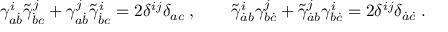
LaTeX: \gamma _ { a \dot { b } } ^ { i } \tilde { \gamma } _ { \dot { b } c } ^ { j } + \gamma _ { a \dot { b } } ^ { j } \tilde { \gamma } _ { \dot { b } c } ^ { i } = 2 \delta ^ { i j } \delta _ { a c } \; , \qquad \tilde { \gamma } _ { \dot { a } b } ^ { i } \gamma _ { b \dot { c } } ^ { j } + \tilde { \gamma } _ { \dot { a } b } ^ { j } \gamma _ { b \dot { c } } ^ { i } = 2 \delta ^ { i j } \delta _ { \dot { a } \dot { c } } \; .